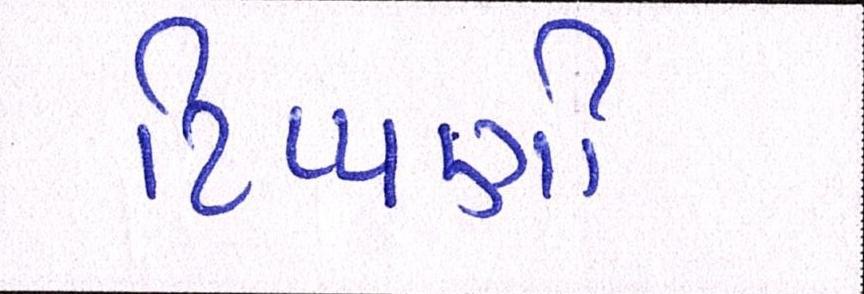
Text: ટિપ્પણી